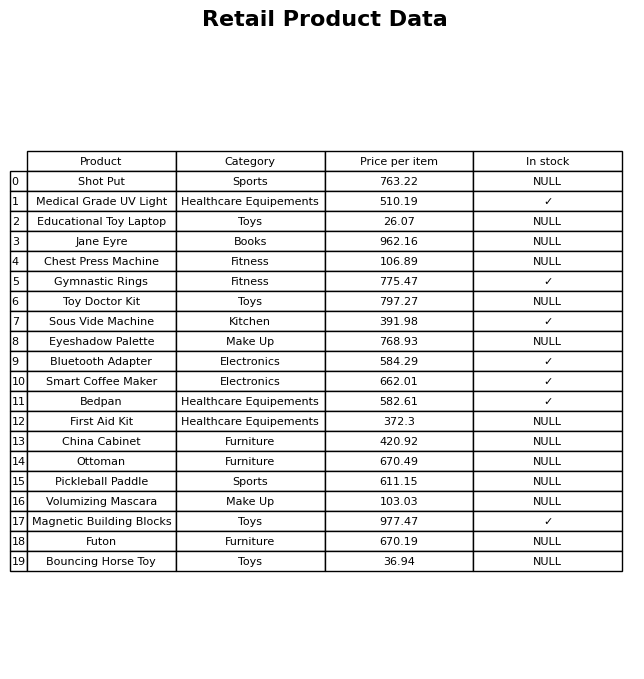
question: Is the Bedpan in stock?
answer: ✓